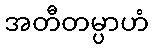
အတီတမ္ပာဟံ